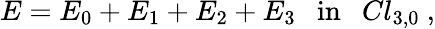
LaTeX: E=E_{0}+E_{1}+E_{2}+E_{3}~~~\mathrm{in}~~~Cl_{3,0}~,